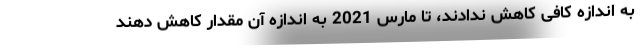
به اندازه کافی کاهش ندادند، تا مارس 2021 به اندازه آن مقدار کاهش دهند